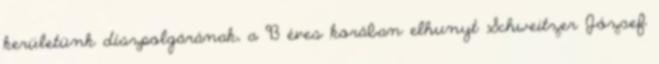
kerületünk díszpolgárának, a 93 éves korában elhunyt Schweitzer József